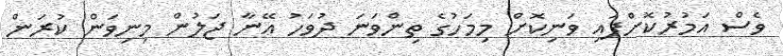
ވެސް އަމުރުކޮށްފައި ވަނިކޮށް މިމަހުގެ ތިންވަނަ ދުވަހު އޭނާ ޖަލުން މިނިވަން ކުރަން